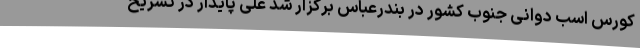
کورس اسب دوانی جنوب کشور در بندرعباس برگزار شد علی پایدار در تشریح